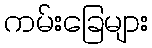
ကမ်းခြေများ